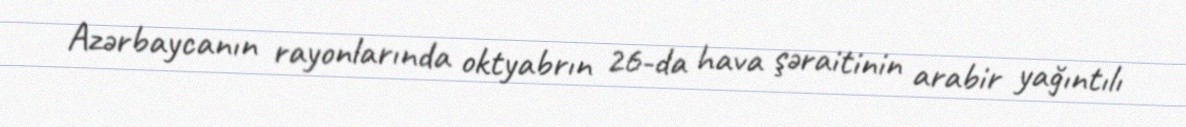
Azərbaycanın rayonlarında oktyabrın 26-da hava şəraitinin arabir yağıntılı